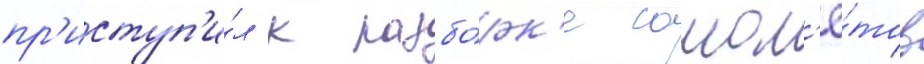
пр'иступ'и́л к разбо́рк'е самол'ё́тов